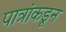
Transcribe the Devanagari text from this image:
पात्रांकडून